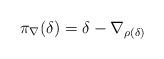
LaTeX: \begin{align*}\pi_\nabla(\delta)=\delta-\nabla_{\rho(\delta)}\end{align*}